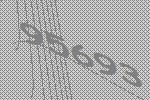
95693